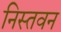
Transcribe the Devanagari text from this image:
निस्तवन